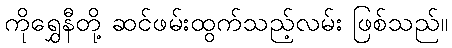
ကိုရွှေနီတို့ ဆင်ဖမ်းထွက်သည့်လမ်း ဖြစ်သည်။